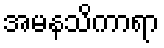
အမနသိကာရာ